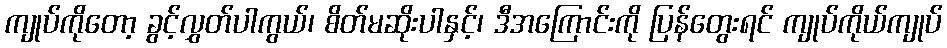
ကျုပ်ကိုတော့ ခွင့်လွှတ်ပါကွယ်၊ စိတ်မဆိုးပါနှင့်၊ ဒီအကြောင်းကို ပြန်တွေးရင် ကျုပ်ကိုယ်ကျုပ်